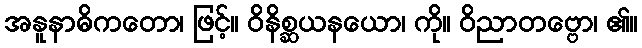
အနူနာဓိကတော၊ ဖြင့်။ ဝိနိစ္ဆယနယော၊ ကို။ ဝိညာတဗ္ဗော၊ ၏။